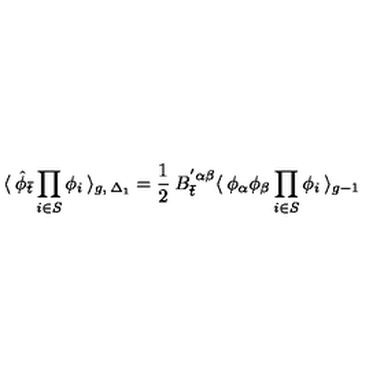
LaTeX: \langle \: { \hat { \phi } } _ { \bar { t } } \prod _ { i \in S } \phi _ { i } \: \rangle _ { g , \: { \Delta _ { 1 } } } = \frac { 1 } { 2 } \: B _ { \bar { t } } ^ { ' \alpha \beta } \langle \: \phi _ { \alpha } \phi _ { \beta } \prod _ { i \in S } \phi _ { i } \: \rangle _ { g - 1 } \,